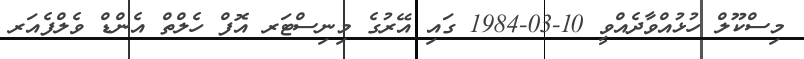
މިސްކޫލް ހުޅުއްވާދެއްވީ 10-03-1984 ގައި އޭރުގެ މިނިސްޓަރ އޮފް ހެލްތް އެންޑް ވެލްފެއަރ